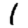
Digit: 1